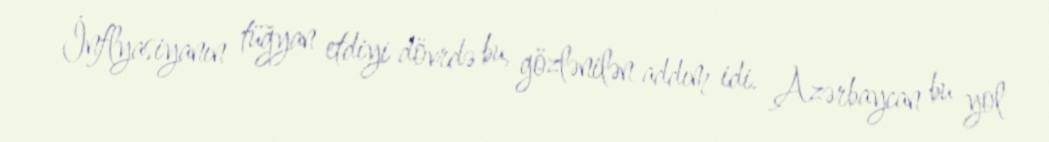
İnflyasiyanın tüğyan etdiyi dövrdə bu, gözlənilən addım idi. Azərbaycan bu yol